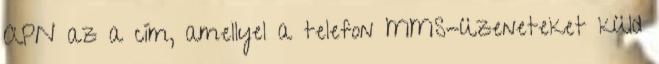
APN az a cím, amellyel a telefon MMS-üzeneteket küld